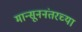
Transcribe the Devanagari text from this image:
मान्सूननंतरच्या